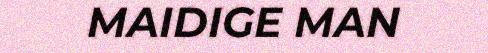
MAIDIGE MAN